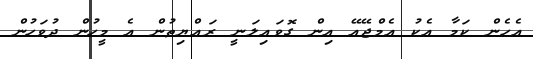
އެހެން ކަމާ އެކު އެމްޖޭއޭ އިން ގޮވައިލަނީ ރައްޔިތުން އެ މީހުން ދުވަހުން